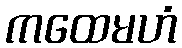
ကထေမဟံ